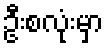
ဦးစလုံးမှာ